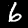
Label: 6